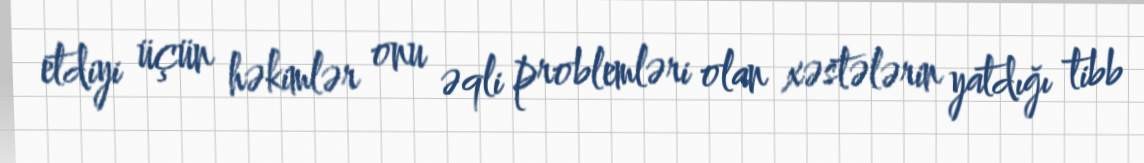
etdiyi üçün həkimlər onu əqli problemləri olan xəstələrin yatdığı tibb